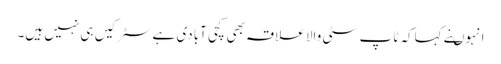
انہوںنے کہاکہ ٹاپ سٹی والا علاقہ بھی کچی آبادی ہے سٹرکیں ہی نہیں ہیں۔